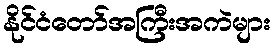
နိုင်ငံတော်အကြီးအကဲများ